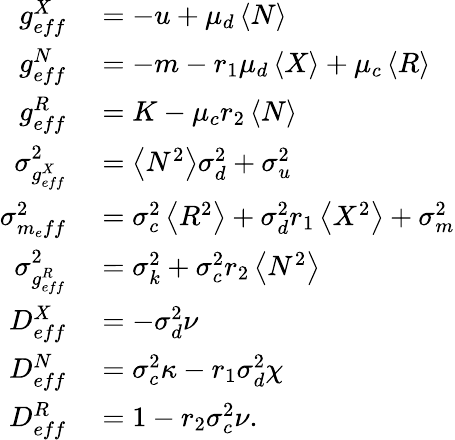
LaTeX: \begin{array}{rl}{g_{eff}^{X}}&{{}=-u+\mu_{d}\left<N\right>}\\ {g_{eff}^{N}}&{{}=-m-r_{1}\mu_{d}\left<X\right>+\mu_{c}\left<R\right>}\\ {g_{eff}^{R}}&{{}=K-\mu_{c}r_{2}\left<N\right>}\\ {\sigma_{g_{eff}^{X}}^{2}}&{{}=\left<N^{2}\right>\sigma_{d}^{2}+\sigma_{u}^{2}}\\ {\sigma_{m_{e}ff}^{2}}&{{}=\sigma_{c}^{2}\left<R^{2}\right>+\sigma_{d}^{2}{r_{1}}\left<X^{2}\right>+\sigma_{m}^{2}}\\ {\sigma_{g_{eff}^{R}}^{2}}&{{}=\sigma_{k}^{2}+\sigma_{c}^{2}{r_{2}}\left<N^{2}\right>}\\ {D_{eff}^{X}}&{{}=-\sigma_{d}^{2}\nu}\\ {D_{eff}^{N}}&{{}=\sigma_{c}^{2}\kappa-r_{1}\sigma_{d}^{2}\chi}\\ {D_{eff}^{R}}&{{}=1-r_{2}\sigma_{c}^{2}\nu.}\end{array}